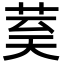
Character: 𮎾